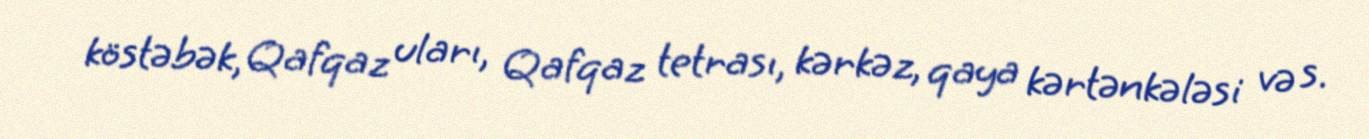
köstəbək, Qafqaz uları, Qafqaz tetrası, kərkəz, qaya kərtənkələsi və s.